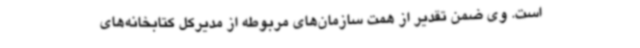
است. وی ضمن تقدیر از همت سازمان‌های مربوطه از مدیرکل کتابخانه‌های